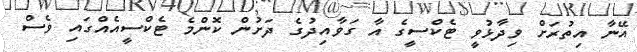
އޭނާ އިތުރަށް ވިދާޅުވީ ޓެކްސީގެ އާ ގަވާއިދުގެ ދަށުން ކޮންމެ ޓެކްސީއެއްގައި ވެސް